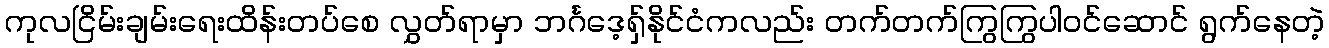
ကုလငြိမ်းချမ်းရေးထိန်းတပ်စေ လွှတ်ရာမှာ ဘင်္ဂဒေ့ရှ်နိုင်ငံကလည်း တက်တက်ကြွကြွပါဝင်ဆောင် ရွက်နေတဲ့